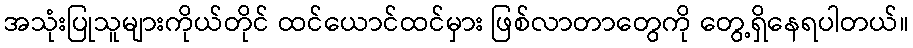
အသုံးပြုသူများကိုယ်တိုင် ထင်ယောင်ထင်မှား ဖြစ်လာတာတွေကို တွေ့ရှိနေရပါတယ်။